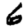
Digit: 6